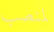
لمنصب